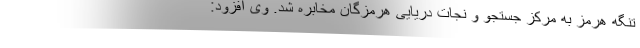
تنگه هرمز به مرکز جستجو و نجات دریایی هرمزگان مخابره شد. وی افزود: